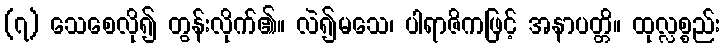
(၇) သေစေလို၍ တွန်းလိုက်၏။ လဲ၍မသေ၊ ပါရာဇိကဖြင့် အနာပတ္တိ။ ထုလ္လစ္စည်း